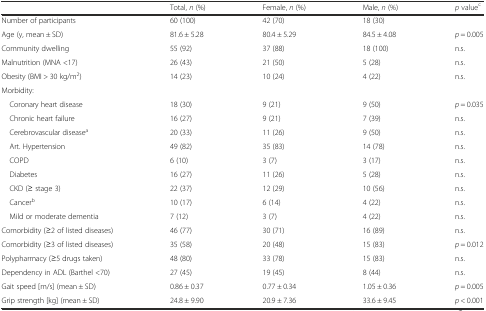
<table><thead><tr><td></td><td><b>Total, <i>n</i> (%)</b></td><td><b>Female, <i>n</i> (%)</b></td><td><b>Male, <i>n</i> (%)</b></td><td><b><i>p</i> value<sup>c</sup></b></td></tr></thead><tbody><tr><td>Number of participants</td><td>60 (100)</td><td>42 (70)</td><td>18 (30)</td><td></td></tr><tr><td>Age (y, mean ± SD)</td><td>81.6 ± 5.28</td><td>80.4 ± 5.29</td><td>84.5 ± 4.08</td><td><i>p</i> = 0.005</td></tr><tr><td>Community dwelling</td><td>55 (92)</td><td>37 (88)</td><td>18 (100)</td><td>n.s.</td></tr><tr><td>Malnutrition (MNA &lt;17)</td><td>26 (43)</td><td>21 (50)</td><td>5 (28)</td><td>n.s.</td></tr><tr><td>Obesity (BMI &gt; 30 kg/m<sup>2</sup>)</td><td>14 (23)</td><td>10 (24)</td><td>4 (22)</td><td>n.s.</td></tr><tr><td>Morbidity:</td><td></td><td></td><td></td><td></td></tr><tr><td> Coronary heart disease</td><td>18 (30)</td><td>9 (21)</td><td>9 (50)</td><td><i>p</i> = 0.035</td></tr><tr><td> Chronic heart failure</td><td>16 (27)</td><td>9 (21)</td><td>7 (39)</td><td>n.s.</td></tr><tr><td> Cerebrovascular disease<sup>a</sup></td><td>20 (33)</td><td>11 (26)</td><td>9 (50)</td><td>n.s.</td></tr><tr><td> Art. Hypertension</td><td>49 (82)</td><td>35 (83)</td><td>14 (78)</td><td>n.s.</td></tr><tr><td> COPD</td><td>6 (10)</td><td>3 (7)</td><td>3 (17)</td><td>n.s.</td></tr><tr><td> Diabetes</td><td>16 (27)</td><td>11 (26)</td><td>5 (28)</td><td>n.s.</td></tr><tr><td> CKD (≥ stage 3)</td><td>22 (37)</td><td>12 (29)</td><td>10 (56)</td><td>n.s.</td></tr><tr><td> Cancer<sup>b</sup></td><td>10 (17)</td><td>6 (14)</td><td>4 (22)</td><td>n.s.</td></tr><tr><td> Mild or moderate dementia</td><td>7 (12)</td><td>3 (7)</td><td>4 (22)</td><td>n.s.</td></tr><tr><td>Comorbidity (≥2 of listed diseases)</td><td>46 (77)</td><td>30 (71)</td><td>16 (89)</td><td>n.s.</td></tr><tr><td>Comorbidity (≥3 of listed diseases)</td><td>35 (58)</td><td>20 (48)</td><td>15 (83)</td><td><i>p</i> = 0.012</td></tr><tr><td>Polypharmacy (≥5 drugs taken)</td><td>48 (80)</td><td>33 (78)</td><td>15 (83)</td><td>n.s.</td></tr><tr><td>Dependency in ADL (Barthel &lt;70)</td><td>27 (45)</td><td>19 (45)</td><td>8 (44)</td><td>n.s.</td></tr><tr><td>Gait speed [m/s] (mean ± SD)</td><td>0.86 ± 0.37</td><td>0.77 ± 0.34</td><td>1.05 ± 0.36</td><td><i>p</i> = 0.005</td></tr><tr><td>Grip strength [kg] (mean ± SD)</td><td>24.8 ± 9.90</td><td>20.9 ± 7.36</td><td>33.6 ± 9.45</td><td><i>p</i> &lt; 0.001</td></tr></tbody></table>